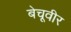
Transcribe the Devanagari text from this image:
बेचूवीर